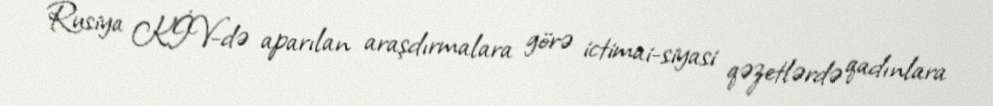
Rusiya KİV-də aparılan araşdırmalara görə ictimai-siyasi qəzetlərdə qadınlara